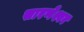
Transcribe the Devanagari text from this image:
सारणेश्वर